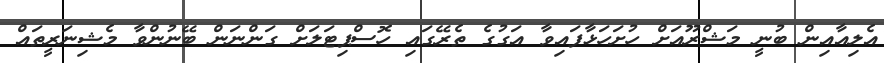
އެލިއާއިން ބުނީ މަޝްރޫއަށް ހުށަހަޅާފައިވާ އަގުގެ ތެރޭގައި ހޮސްޕިޓަލަށް ގަންނަން ބޭނުންވާ މެޝިނަރީތައް